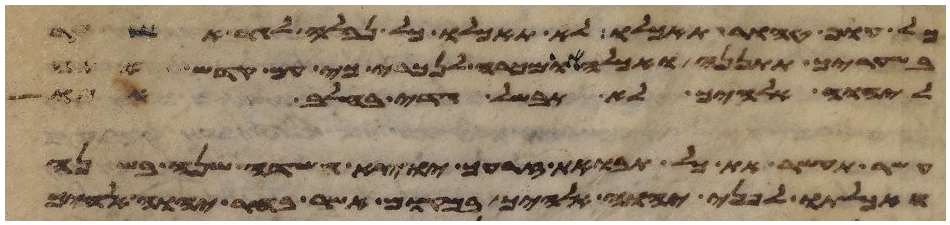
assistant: כל עוף טהור תאכלו לא תאכלו כל נבלה לגר אשר
בשעריך תתננה ואכלה או מכרה לנכרי כי עם קדש אתה
ליהוה אלהיך לא תבשל גדי בחלב אמו
עשר תעשר את כל תבואת זרעך יוצא השדה שנה בשנה
ואכלתו לפני יהוה אלהיך במקום אשר בחר יהוה אלהיך